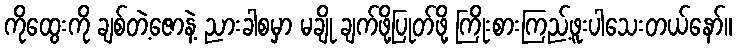
ကိုထွေးကို ချစ်တဲ့ဇောနဲ့ ညားခါစမှာ မချို ချက်ဖို့ပြုတ်ဖို့ ကြိုးစားကြည့်ဖူးပါသေးတယ်နော်။